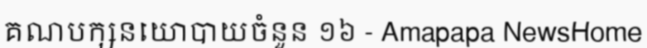
គណបក្សនយោបាយចំនួន ១៦ - Amapapa NewsHome